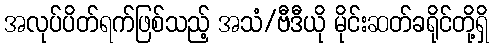
အလုပ်ပိတ်ရက်ဖြစ်သည့် အသံ/ဗီဒီယို မိုင်းဆတ်ခရိုင်တို့ရှိ